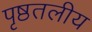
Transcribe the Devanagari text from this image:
पृष्ठतलीय